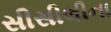
સીસીલીના